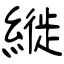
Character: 縰